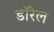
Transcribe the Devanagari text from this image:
डॉरेल